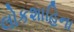
લોકશાહિના